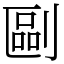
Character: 剾